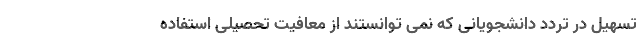
تسهیل در تردد دانشجویانی که نمی توانستند از معافیت تحصیلی استفاده